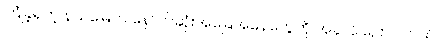
ကြုံခဲ့ရတဲ့ နယ်မြေက နောက်ဆုံးအခြေအနေတွေကို အခုလို ပြောပါတယ်။